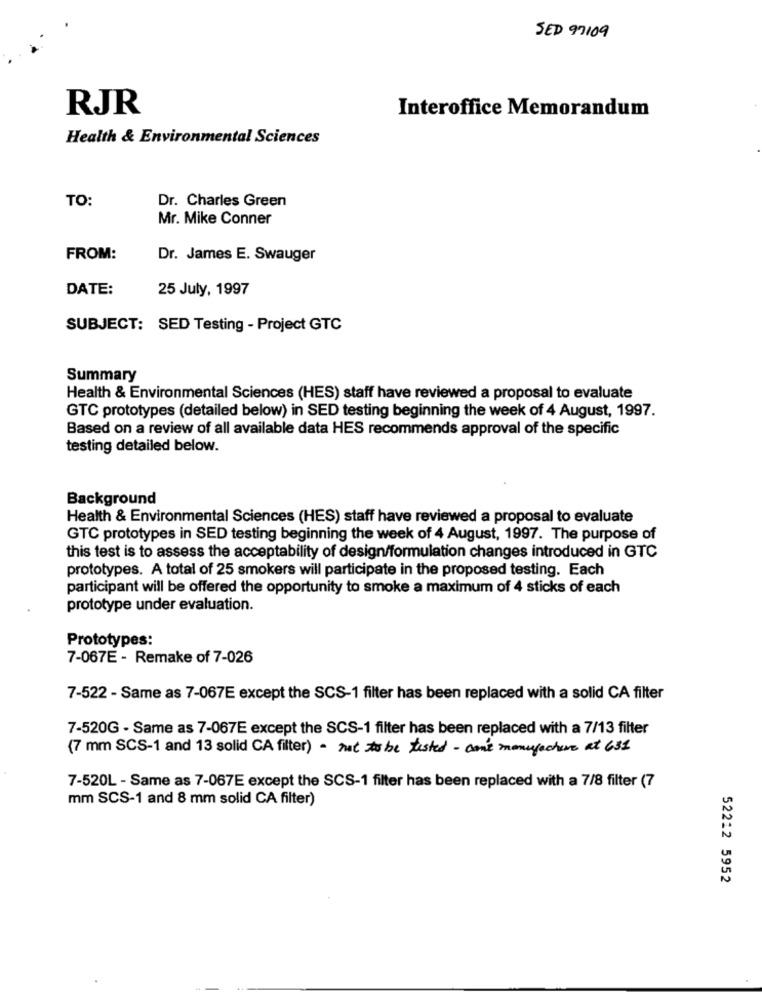
SED 97109
RJR
Interoffice Memorandum
Health & Environmental Sciences
TO:
Dr. Charles Green
Mr. Mike Conner
FROM:
Dr. James E. Swauger
DATE:
25 July, 1997
SUBJECT: SED Testing - Project GTC
Summary
Health & Environmental Sciences (HES) staff have reviewed a proposal to evaluate
GTC prototypes (detailed below) in SED testing beginning the week of 4 August, 1997.
Based on a review of all available data HES recommends approval of the specific
testing detailed below.
Background
Health & Environmental Sciences (HES) staff have reviewed a proposal to evaluate
GTC prototypes in SED testing beginning the week of 4 August, 1997. The purpose of
this test is to assess the acceptability of design/formulation changes introduced in GTC
prototypes. A total of 25 smokers will participate in the proposed testing. Each
participant will be offered the opportunity to smoke a maximum of 4 sticks of each
prototype under evaluation.
Prototypes:
7-067E - Remake of 7-026
7-522 - Same as 7-067E except the SCS-1 filter has been replaced with a solid CA filter
7-520G - Same as 7-067E except the SCS-1 filter has been replaced with a 7/13 filter
(7 mm SCS-1 and 13 solid CA filter) - not to be tested - com'e manufacture at 631
7-520L - Same as 7-067E except the SCS-1 filter has been replaced with a 7/8 filter (7
mm SCS-1 and 8 mm solid CA filter)
52212 5952